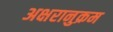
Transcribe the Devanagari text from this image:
अक्षरानुक्रम